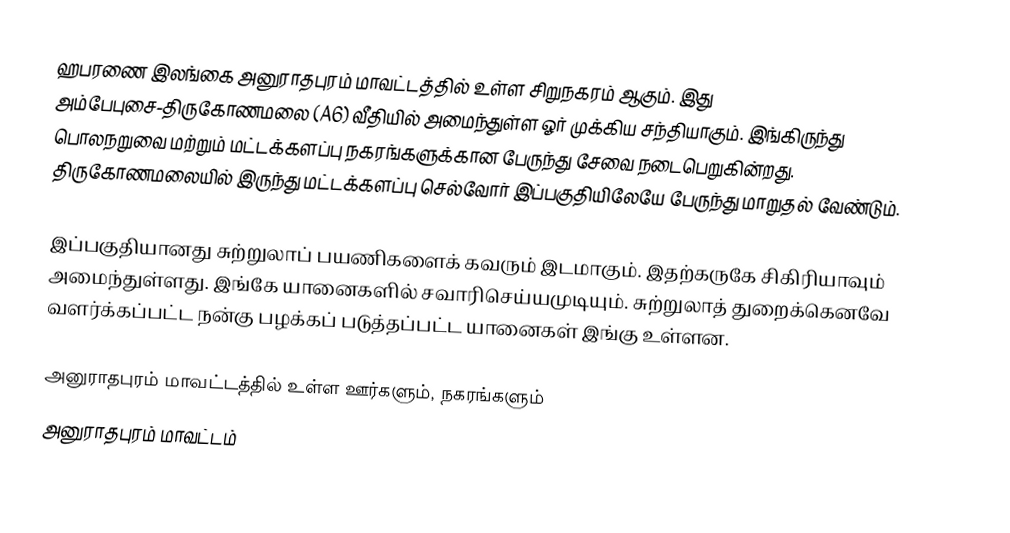
ஹபரணை இலங்கை அனுராதபுரம் மாவட்டத்தில் உள்ள சிறுநகரம் ஆகும். இது அம்பேபுசை-திருகோணமலை (A6) வீதியில் அமைந்துள்ள ஓர் முக்கிய சந்தியாகும். இங்கிருந்து பொலநறுவை மற்றும் மட்டக்களப்பு நகரங்களுக்கான பேருந்து சேவை நடைபெறுகின்றது. திருகோணமலையில் இருந்து மட்டக்களப்பு செல்வோர் இப்பகுதியிலேயே பேருந்து மாறுதல் வேண்டும்.

இப்பகுதியானது சுற்றுலாப் பயணிகளைக் கவரும் இடமாகும். இதற்கருகே சிகிரியாவும் அமைந்துள்ளது. இங்கே யானைகளில் சவாரிசெய்யமுடியும். சுற்றுலாத் துறைக்கெனவே வளர்க்கப்பட்ட நன்கு பழக்கப் படுத்தப்பட்ட யானைகள் இங்கு உள்ளன.

அனுராதபுரம் மாவட்டத்தில் உள்ள ஊர்களும், நகரங்களும்
அனுராதபுரம் மாவட்டம்